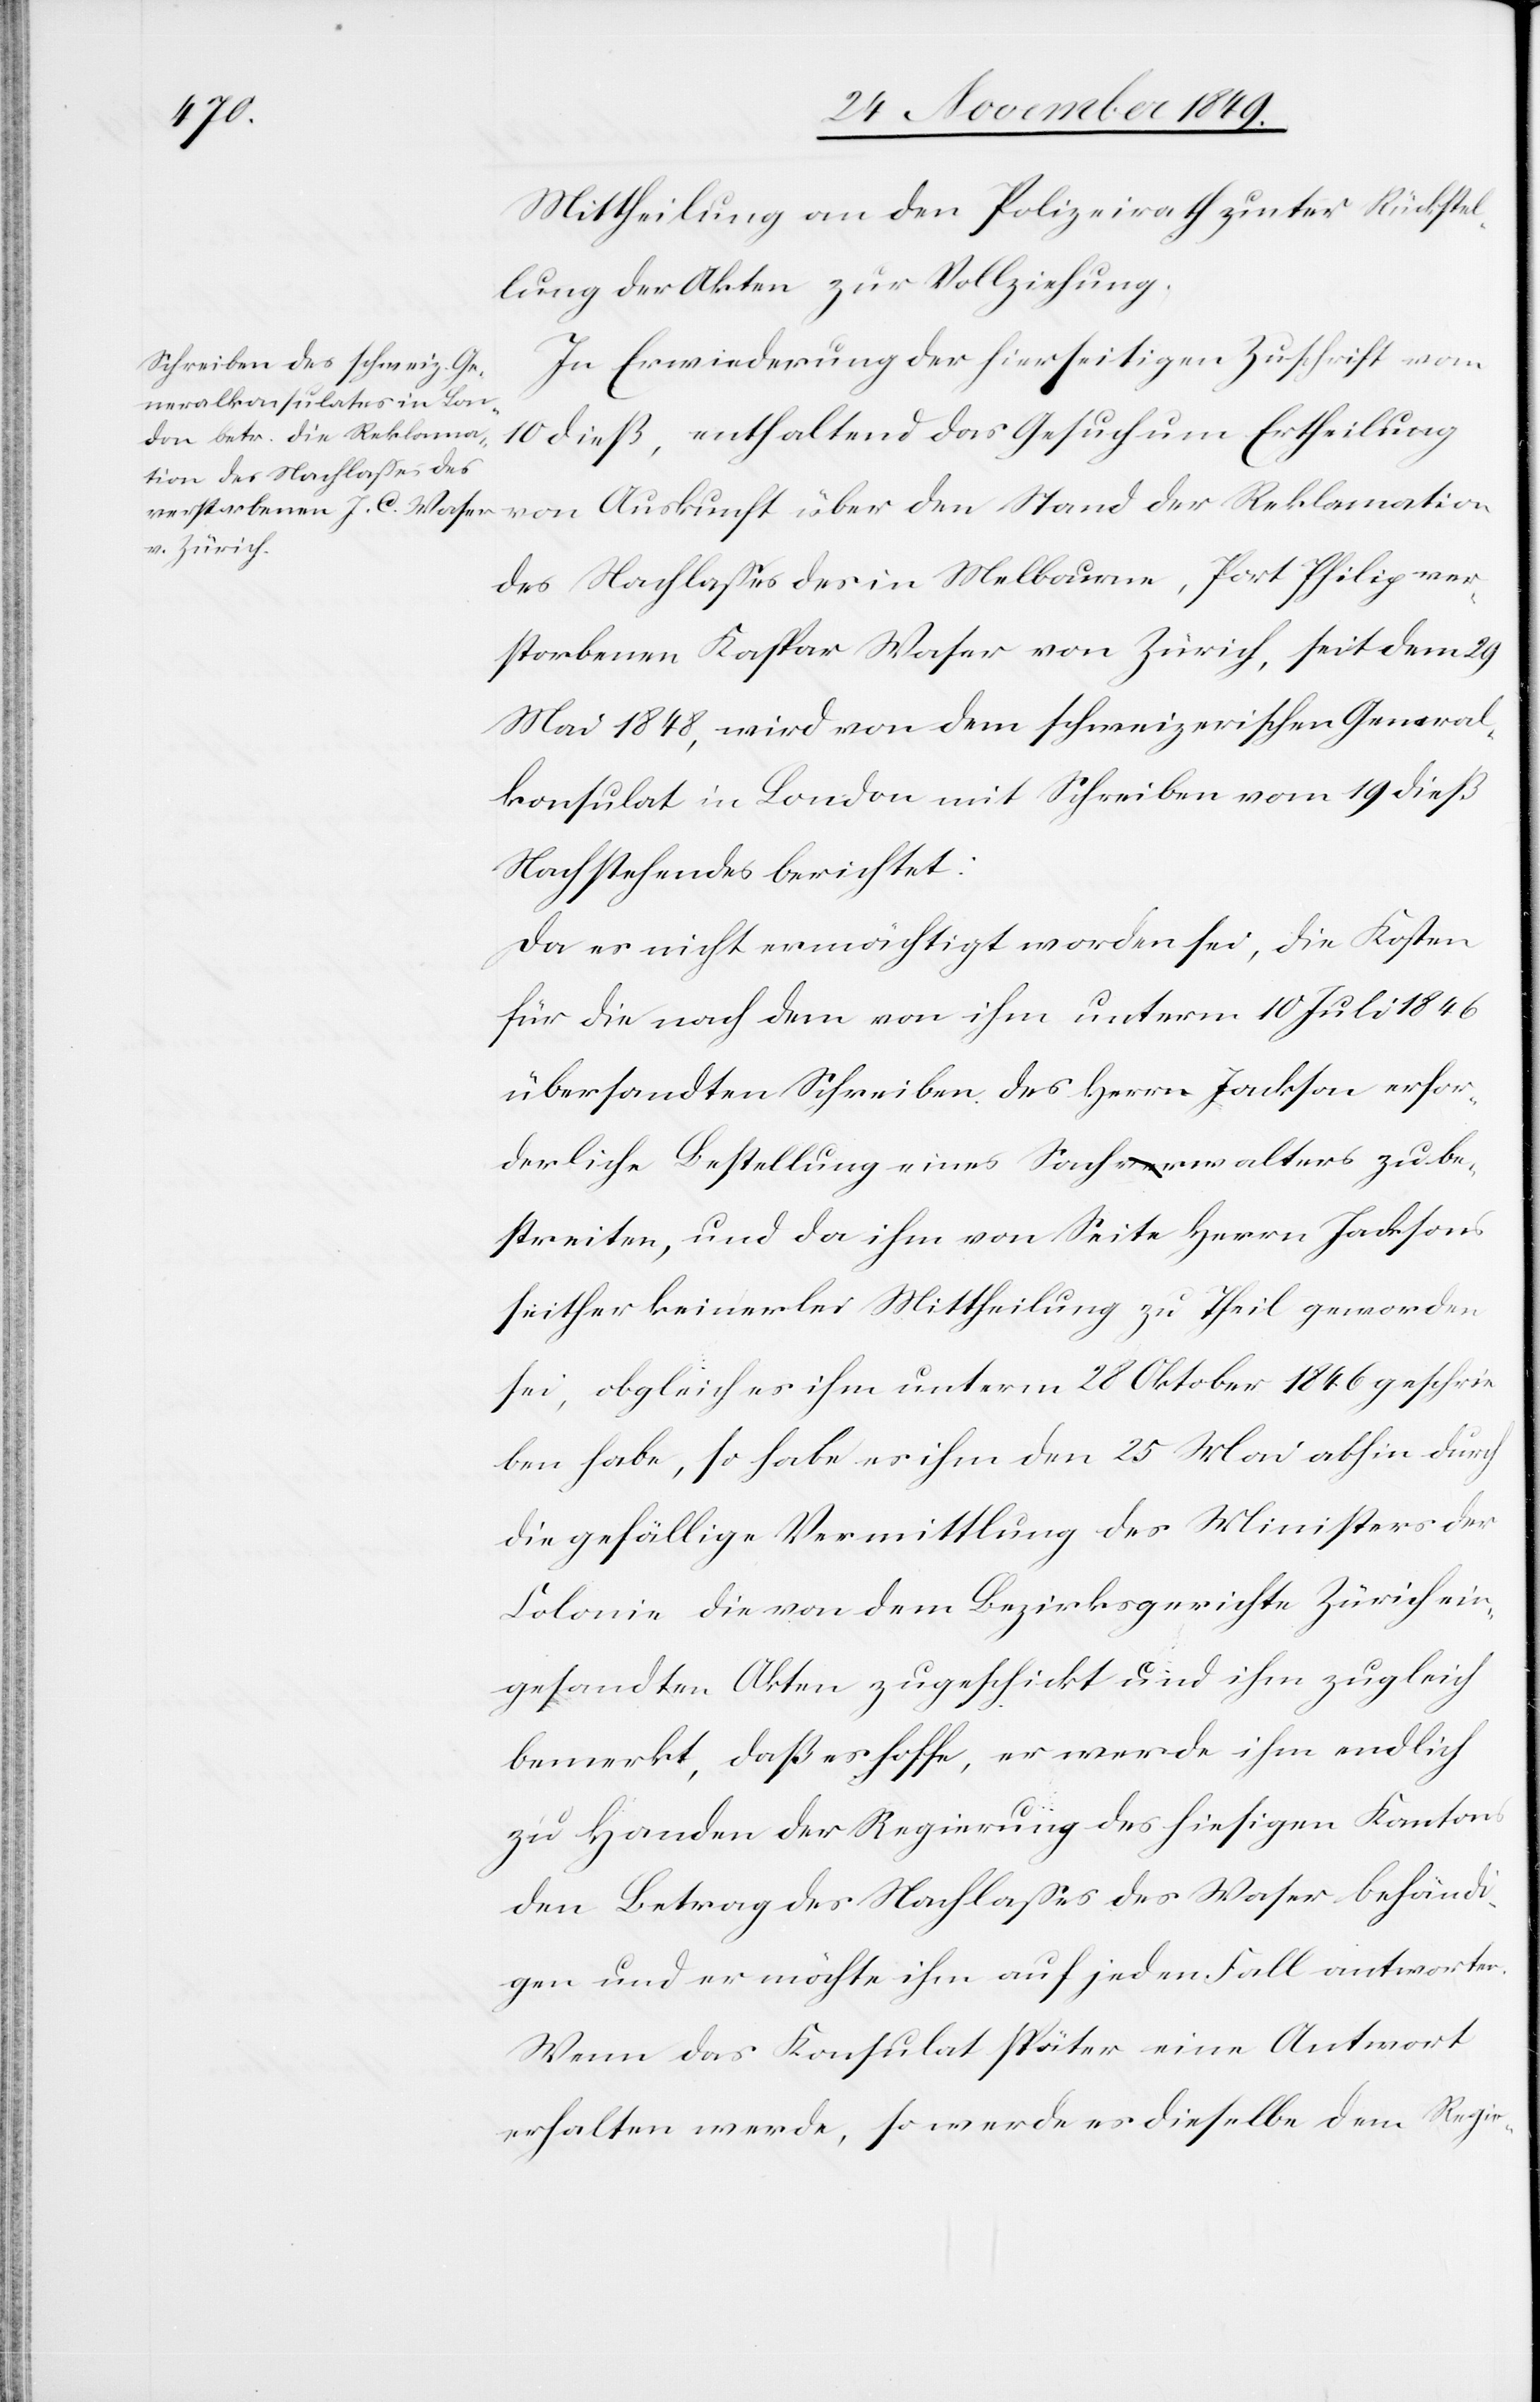
Mittheilung an den Polizeirath unter Rückstel¬
lung der Akten zur Vollziehung.
In Erwiederung der hierseitigen Zuschrift vom
10 dieß, enthaltend das Gesuch um Ertheilung
des Nachlaßes des in Melbourne, Port Philip ver¬
storbenen Kaspar Waser von Zürich, seit dem 29
Mai 1848, wird von dem schweizerischen General¬
konsulat in London mit Schreiben vom 19 dieß
Nachstehendes berichtet:
Da es nicht ermächtigt worden sei, die Kosten
für die nach dem von ihm unterm 10 Juli 1846
übersandten Schreiben des Herrn Jackson erfor¬
derliche Bestellung eines Sachverwalters zu be¬
streiten, und da ihm von Seite Herrn Jacksons
seither keinerlei Mittheilung zu Theil geworden
sei, obgleich er ihm unterm 28 Oktober 1846 geschrie¬
ben habe, so habe es ihm den 25 Mai abhin durch
die gefällige Vermittlung des Ministers der
Colonie die von dem Bezirksgerichte Zürich ein¬
gesandten Akten zugeschickt und ihm zugleich
bemerkt, daß er hoffe, er werde ihm endlich
zu Handen der Regierung des hiesigen Kantons
den Betrag des Nachlaßes des Waser behändi¬
gen und er möchte ihm auf jeden Fall antworten.
Wenn das Konsulat später eine Antwort
erhalten werde, so werde es dieselbe dem Regie-